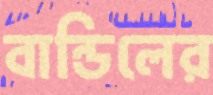
বান্ডিলের